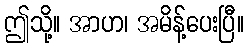
ဤသို့။ အာဟ၊ အမိန့်ပေးပြီ။